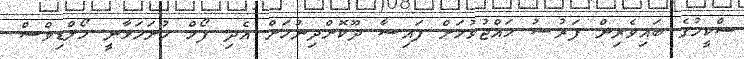
ސްކީމުގެ ބައިވެރިން ފަރުޟު ޙައްޖުވުމަށް ފައިސާ ދޫކޮށްދިނުމަށް އެދި ފޯމް ހުށަހަޅާނީ މޯލްޑިވްސް